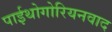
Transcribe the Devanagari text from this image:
पाईथोगोरियनवाद